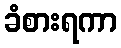
ခံစားရကာ